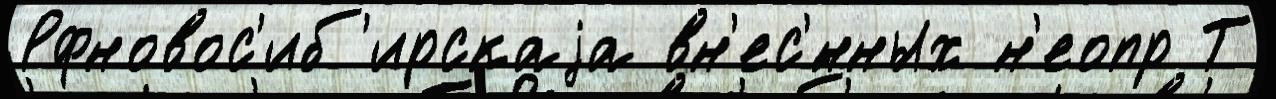
Рфновос'иб'ирскаjа вн'ес'́нных н'еопр Т